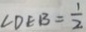
\angle D E B = \frac { 1 } { 2 }